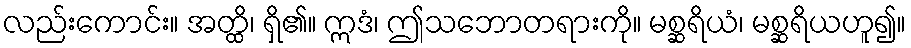
လည်းကောင်း။ အတ္ထိ၊ ရှိ၏။ ဣဒံ၊ ဤသဘောတရားကို။ မစ္ဆရိယံ၊ မစ္ဆရိယဟူ၍။